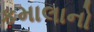
કમાલાનો